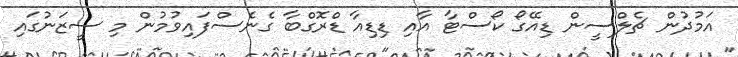
އަމުދުން ޗެލްސީން ޑިއޭގޯ ކޯސްޓާ އާއި ޑިޑިއާ ޑްރޮގްބާ ގެނެސްފައިވުމުން މި ސީޒަނުގައި